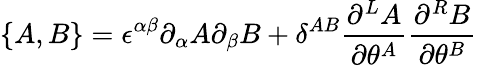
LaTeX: \{ A,B\} =\epsilon^{\alpha\beta}\partial_{\alpha}A\partial_{\beta}B+\delta^{AB}\frac{\partial^{L}A}{\partial\theta^{A}}\frac{\partial^{R}B}{\partial\theta^{B}}